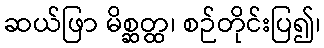
ဆယ်ဖြာ မိစ္ဆတ္ထ၊ စဉ်တိုင်းပြ၍၊